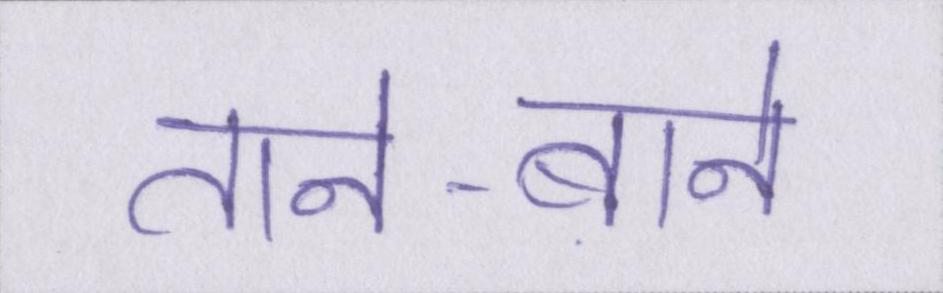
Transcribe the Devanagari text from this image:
ताने-बाने